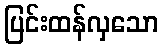
ပြင်းထန်လှသော